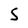
Character: 5